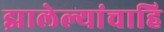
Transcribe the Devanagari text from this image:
झालेल्यांचाहि